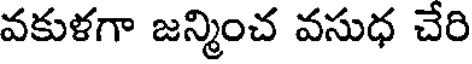
వకుళగా జన్మించ వసుధ చేరి